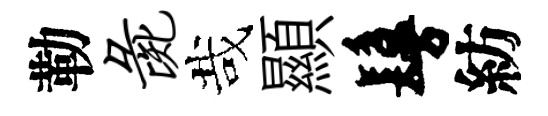
勒彘哉顯鬘紡